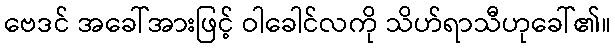
ဗေဒင် အခေါ်အားဖြင့် ဝါခေါင်လကို သိဟ်ရာသီဟုခေါ်၏။